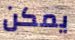
يمكن